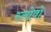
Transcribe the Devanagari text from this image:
स्लोवो